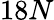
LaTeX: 18N